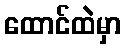
ထောင်ထဲမှာ